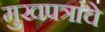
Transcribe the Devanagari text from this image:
मुखपत्रांचे